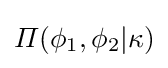
\varPi (\phi _{1},\phi _{2}|\kappa )